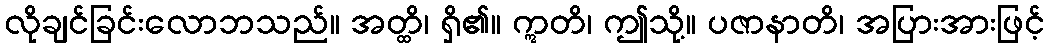
လိုချင်ခြင်းလောဘသည်။ အတ္ထိ၊ ရှိ၏။ ဣတိ၊ ဤသို့။ ပဇာနာတိ၊ အပြားအားဖြင့်